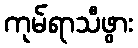
ကုမ်ရာသီဖွား